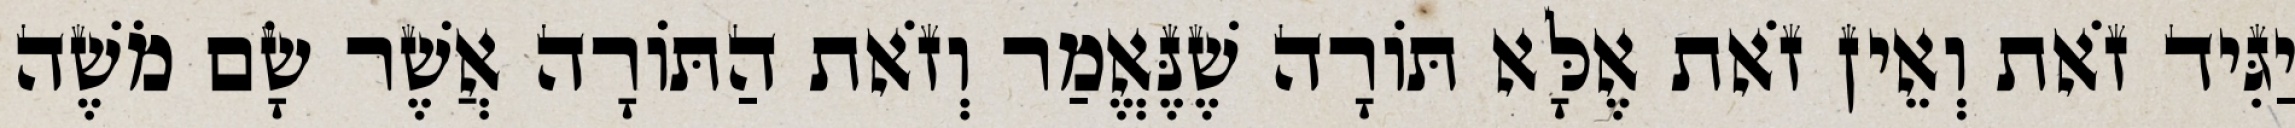
יַגִּיד זֹאת וְאֵין זֹאת אֶלָּא תּוֹרָה שֶׁנֶּאֱמַר וְזֹאת הַתּוֹרָה אֲשֶׁר שָׂם מֹשֶׁה